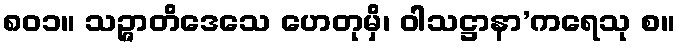
၈၀၁။ သဉ္ဇာတိဒေသေ ဟေတုမှိ၊ ဝါသဋ္ဌာနာ’ကရေသု စ။